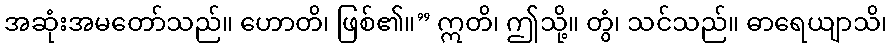
အဆုံးအမတော်သည်။ ဟောတိ၊ ဖြစ်၏။” ဣတိ၊ ဤသို့။ တွံ၊ သင်သည်။ ဓာရေယျာသိ၊